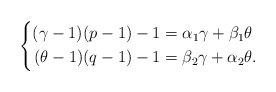
LaTeX: \begin{align*}\left\{\begin{aligned}(\gamma-1)(p-1)-1 & =\alpha_1\gamma+\beta_1\theta\\ (\theta-1)(q-1)-1 & =\beta_2\gamma+\alpha_2\theta.\end{aligned}\right.\end{align*}